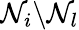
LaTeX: \mathcal N_{i}\backslash\mathcal N_{l}